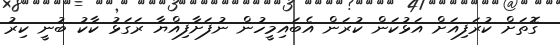
ގޮތަށް ކުރަފިއަށް އަޅުކަން ކުރަން އެބައިމީހުން ނުފަށާފިއްޔާ ރަގަޅު ކާކު ބުނީ ކިރު